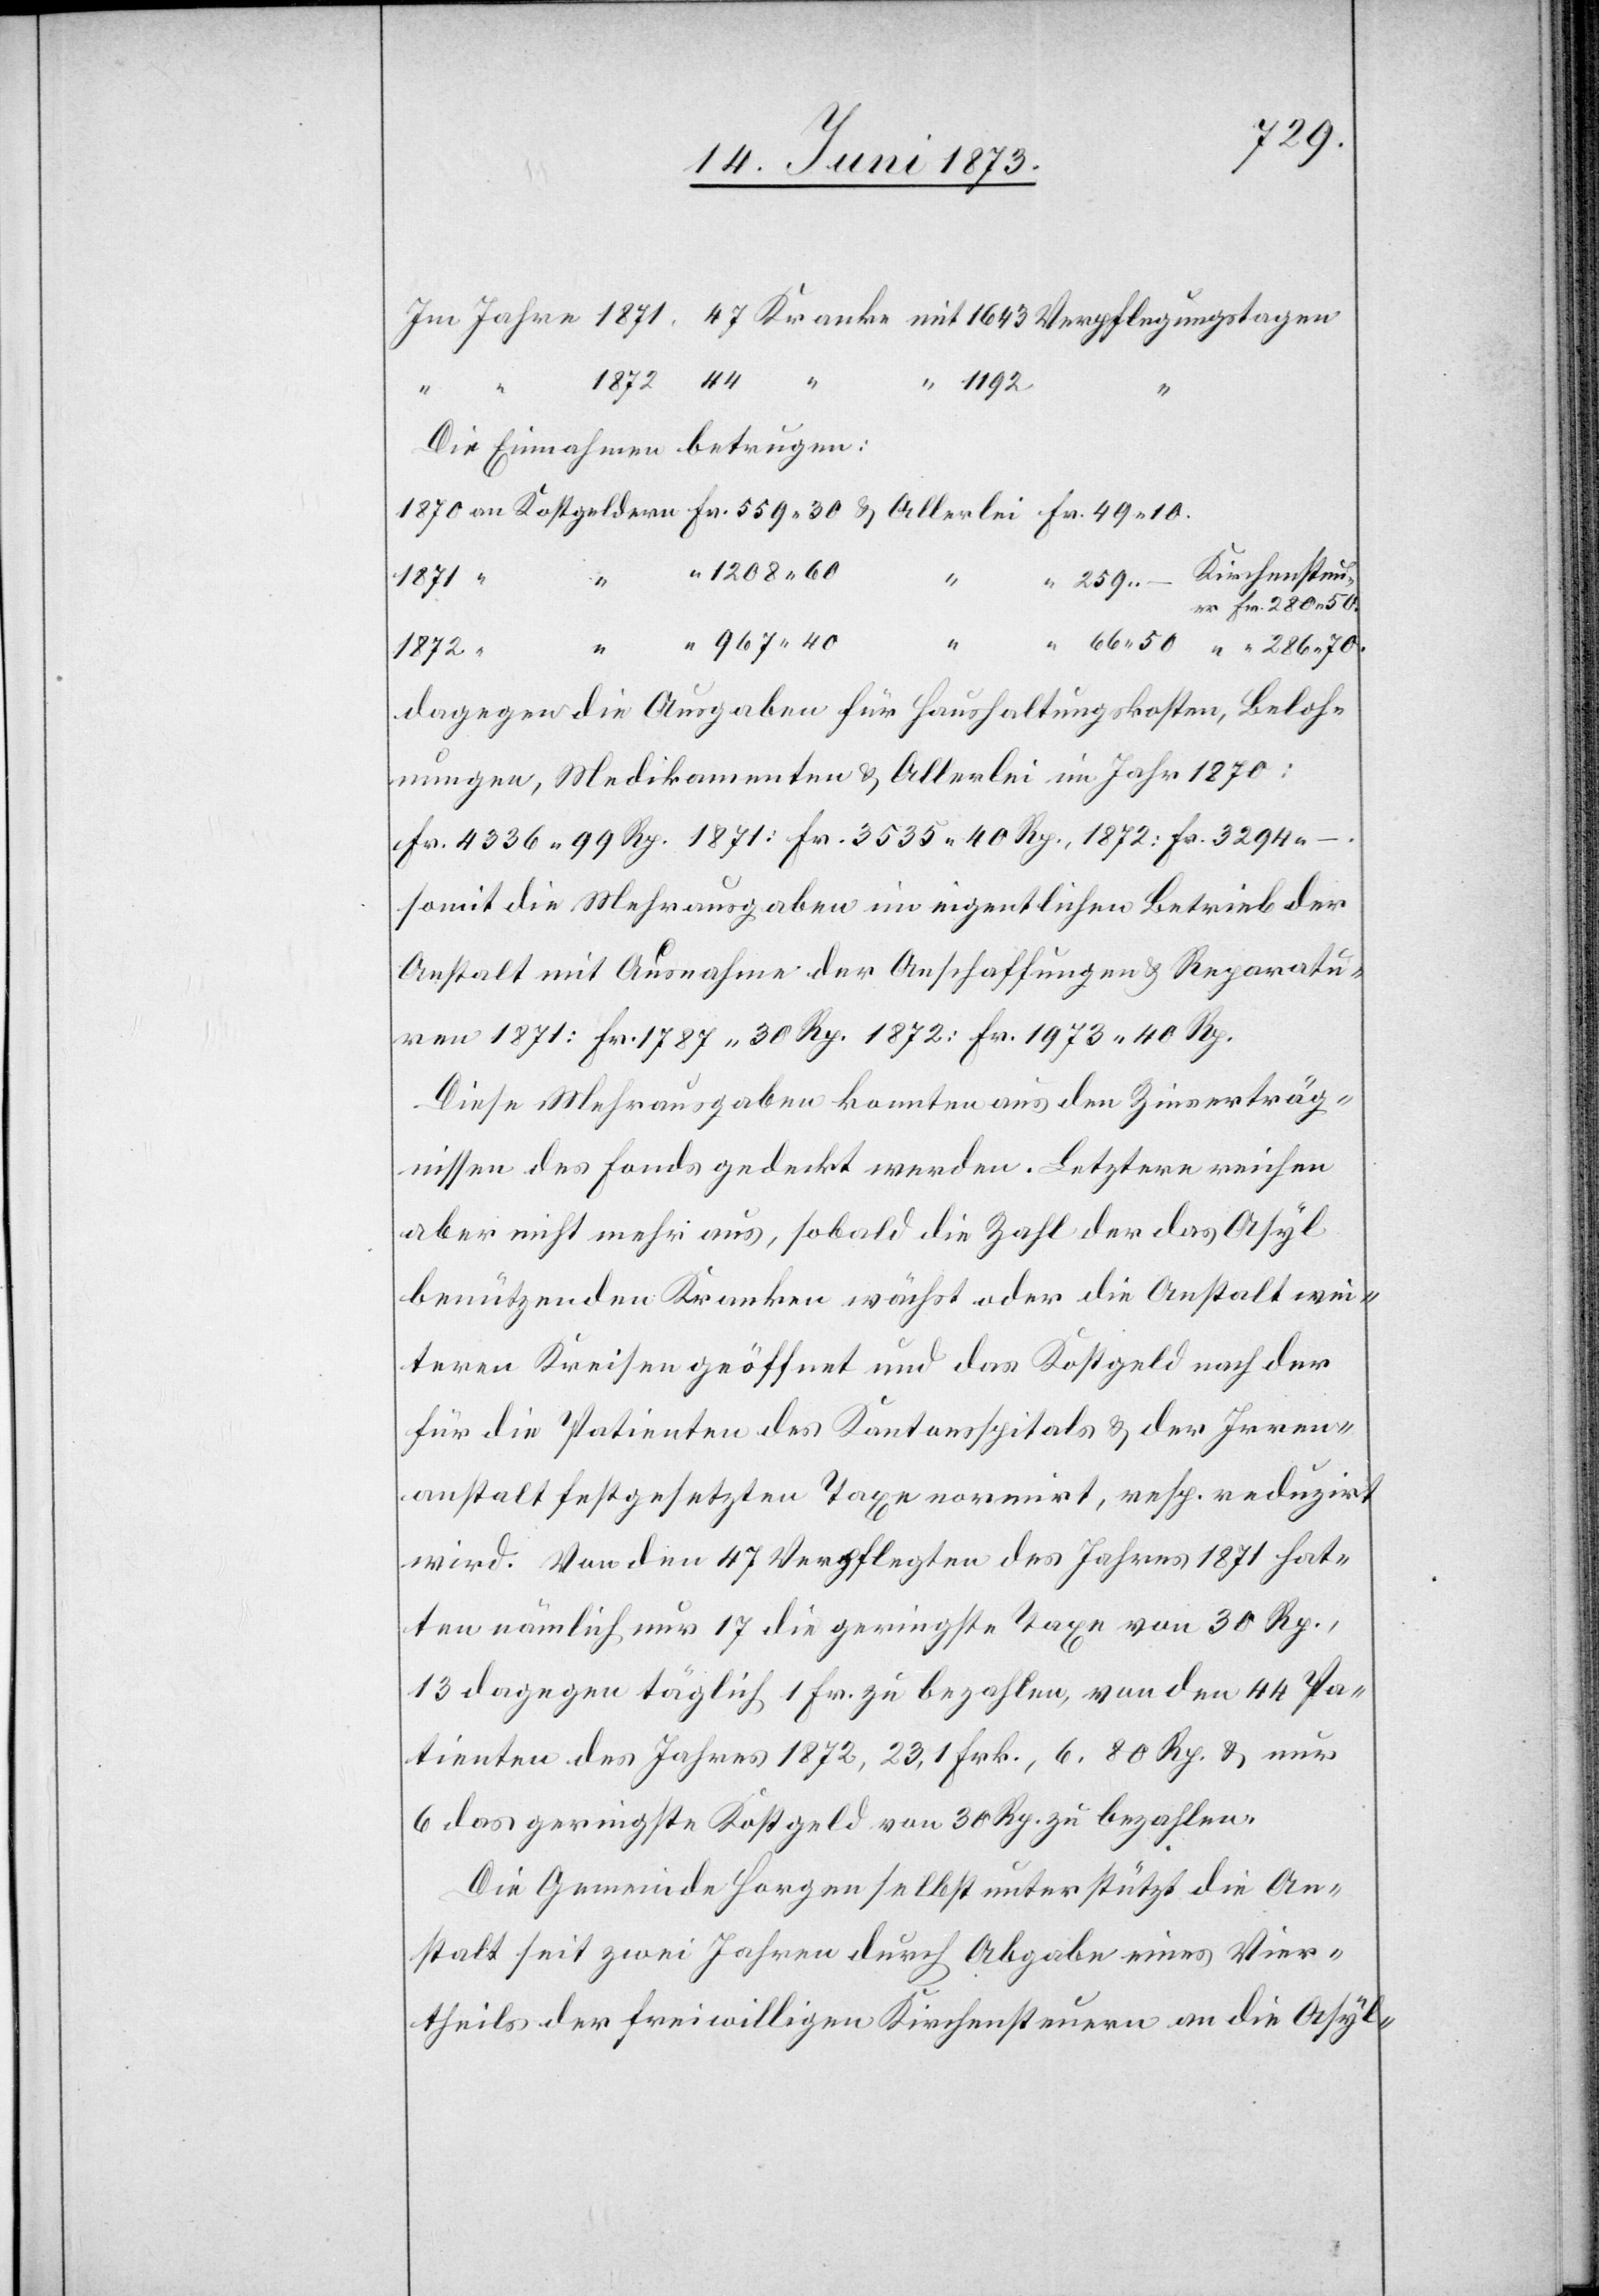
280 50.
Die Einnahmen betrugen:
1871
1872
dagegen die Ausgaben für Haushaltungskosten, Beloh¬
nungen, Medikamenten & Allerlei im Jahr 1870:
Fr. 4 336 99 Rp. 1871: Fr. 3 535 40 Rp., 1872: Fr. 3 294 –.
somit die Mehrausgaben im eigentlichen Betrieb der
Anstalt mit Ausnahme der Anschaffungen & Reparatu¬
ren 1871: Fr. 1 787 30 Rp. 1872: Fr. 1 973 40 Rp.
Diese Mehrausgaben konnten aus den Zinserträg¬
nissen des Fonds gedeckt werden. Letztere reichen
aber nicht mehr aus, sobald die Zahl der das Asyl
benützenden Kranken wächst oder die Anstalt wei¬
teren Kreisen geöffnet und das Kostgeld nach der
für die Patienten des Kantonsspitals & der Irren¬
anstalt festgesetzten Taxe normirt, resp. reduzirt
wird. Von den 47 Verpflegten des Jahres 1871 hat¬
ten nämlich nur 17 die geringste Taxe von 30 Rp.,
13 dagegen täglich 1 Fr. zu bezahlen, von den 44 Pa¬
tienten des Jahres 1872, 32, 1 Frk., 6, 80 Rp. & nur
6 das geringste Kostgeld von 30 Rp. zu bezahlen.
Die Gemeinde Horgen selbst unterstützt die An¬
stalt seit zwei Jahren durch Abgabe eines Vier¬
theils der freiwilligen Kirchensteuern an die Asyl-